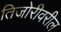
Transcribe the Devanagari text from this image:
तिजोरीवरील